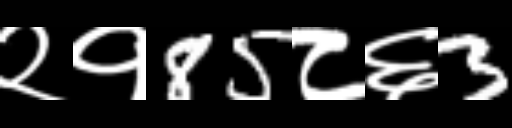
Text: २१85८६3